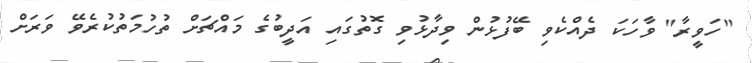
"ހަވީރާ" ވާހަކަ ދެއްކެވި ބޭފުޅުން ވިދާޅުވި ގޮތުގައި އަދީބުގެ މައްޗަށް ތުހުމަތުކުރެވޭ ވަރަށް